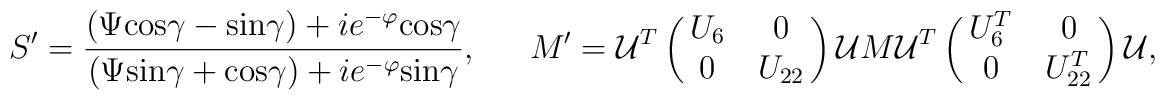
S^{\prime}= {{(\Psi{\rm cos}\gamma - {\rm sin}\gamma)+ie^{-\varphi}{\rm cos}\gamma}\over {(\Psi{\rm sin}\gamma + {\rm cos}\gamma)+ie^{-\varphi}{\rm sin}\gamma}}, \ \ \ \ \ \ \ M^{\prime}={\cal U}^T \left(\matrix{U_6 &0 \cr 0 & U_{22}}\right){\cal U}M{\cal U}^T \left (\matrix{U^T_6 & 0 \cr 0 & U^T_{22}}\right){\cal U},